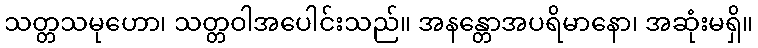
သတ္တသမုဟော၊ သတ္တဝါအပေါင်းသည်။ အနန္တောအပရိမာနော၊ အဆုံးမရှိ။